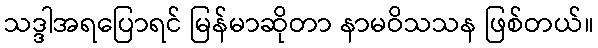
သဒ္ဒါအရပြောရင် မြန်မာဆိုတာ နာမဝိသသန ဖြစ်တယ်။